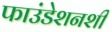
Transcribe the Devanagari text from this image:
फाउंडेशनशी